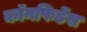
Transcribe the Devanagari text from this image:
कॉनफिडेंस